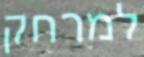
למרחק